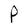
Character: P